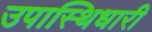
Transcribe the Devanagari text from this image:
उपास्थिधारी